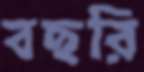
বছরি